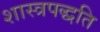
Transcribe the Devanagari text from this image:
शास्त्रपद्धति